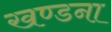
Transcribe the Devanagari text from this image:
खण्डना